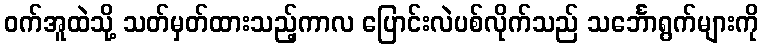
ဝက်အူထဲသို့ သတ်မှတ်ထားသည့်ကာလ ပြောင်းလဲပစ်လိုက်သည် သင်္ဘောရွက်များကို